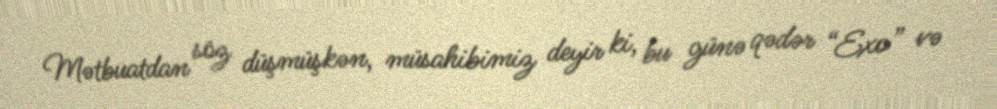
Mətbuatdan söz düşmüşkən, müsahibimiz deyir ki, bu günə qədər “Exo” və